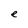
Character: e